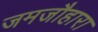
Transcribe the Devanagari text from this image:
जमजौहारा